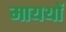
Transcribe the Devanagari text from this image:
मायथों